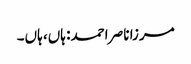
مرزا ناصر احمد: ہاں، ہاں۔